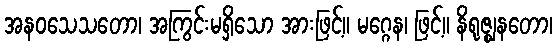
အနဝသေသတော၊ အကြွင်းမရှိသော အားဖြင့်။ မဂ္ဂေန၊ ဖြင့်။ နိရုဇ္ဈနတော၊